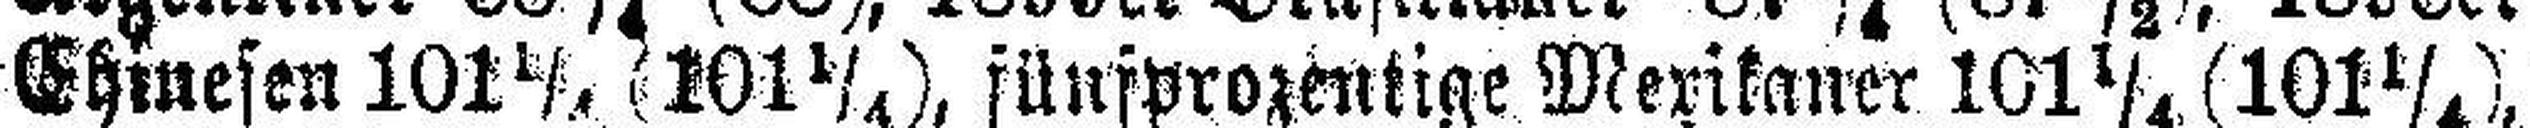
Ehinesen 101 ¼,  (101 ¼), jünsprozentige Merikaner 101 ¼, (101 ¼),